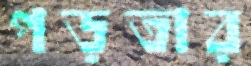
পড়তার